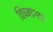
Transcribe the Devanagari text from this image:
विषमांगता